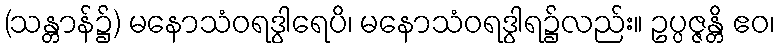
(သန္တာန်၌) မနောသံဝရဒွါရေပိ၊ မနောသံဝရဒွါရ၌လည်း။ ဥပ္ပဇ္ဇန္တိ ဧဝ၊